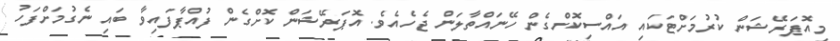
މިއޮޕަރޭޝަން ކުރުމަށްޓަކައި އައްސިކޮށްގެން ހޭނައްތާލަން ޖެހެއެވެ. އޮޕަރޭޝަން ކޮށްގެން ފުއްޕާފައިވާ ބައި ނެގުމަށްފަހު